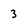
Character: 3